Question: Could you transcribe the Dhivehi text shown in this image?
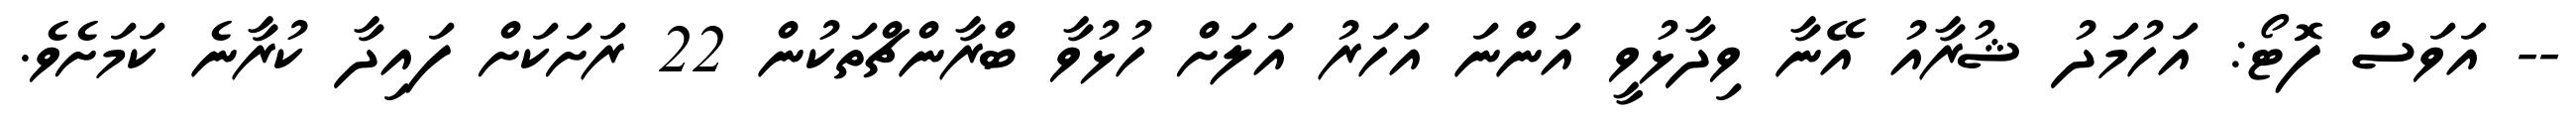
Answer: -- އަވަސް ފޮޓޯ: އަހުމަދު ޝުރާއު އޭނާ ވިދާޅުވީ އަންނަ އަހަރު އަލަށް ހުޅުވާ ބްރާންޗްތަކުން 22 ރަށަކަށް ފައިދާ ކުރާނެ ކަމަށެވެ.